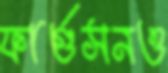
ফার্গুসনও